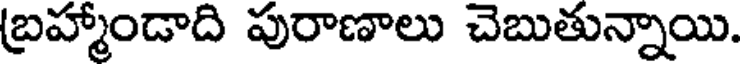
బ్రహ్మాండాది పురాణాలు చెబుతున్నాయి.